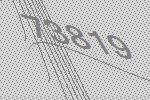
73819